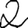
Digit: 2